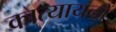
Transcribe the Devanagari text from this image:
कात्यायनों